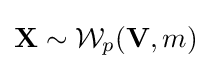
\mathbf {X} \sim {\mathcal {W}}_{p}({\mathbf {V} },m)